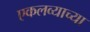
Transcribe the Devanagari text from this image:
एकलव्याच्या